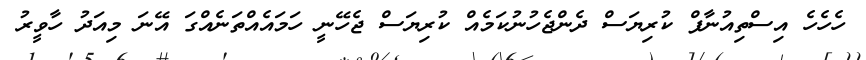
ހެހެހެ އިސްތިއުނާފް ކުރިޔަސް ދެންޖެހުނުކަމެއް ކުރިޔަސް ޖެހޭނީ ހަމައެއްތަނެއްގަ އޭނަ މިއަދު ހާވީރު